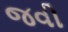
જવી